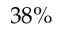
3 8 \%